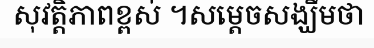
សុវត្តិភាពខ្ពស់ ។សម្តេចសង្ឃឹមថា